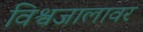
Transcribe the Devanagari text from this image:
विश्वजालावर